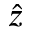
\hat { z }